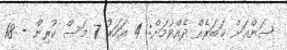
ސަންއަށް ޚަބަރެއް ދެއްވުމަށް: 4 އަހަރު 7 މަސް ކުރިން - 18